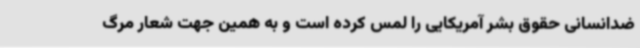
ضدانسانی حقوق بشر آمریکایی را لمس کرده‌ است و به همین جهت شعار مرگ